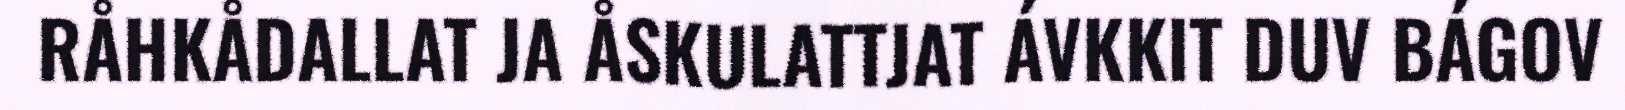
RÅHKÅDALLAT JA ÅSKULATTJAT ÁVKKIT DUV BÁGOV